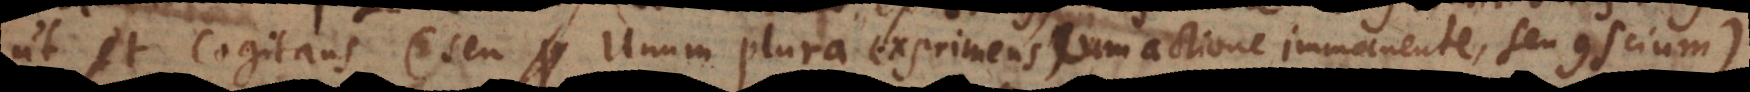
ut et cogitans (seu Unum plura exprimens cum actione immanente, seu conscium)